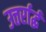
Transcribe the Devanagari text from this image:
उत्तर्रार्द्ध